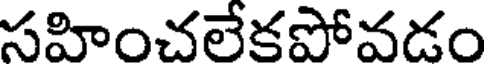
సహించలేకపోవడం